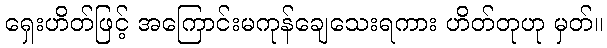
ရှေးဟိတ်ဖြင့် အကြောင်းမကုန်ချေသေးရကား ဟိတ်တုဟု မှတ်။